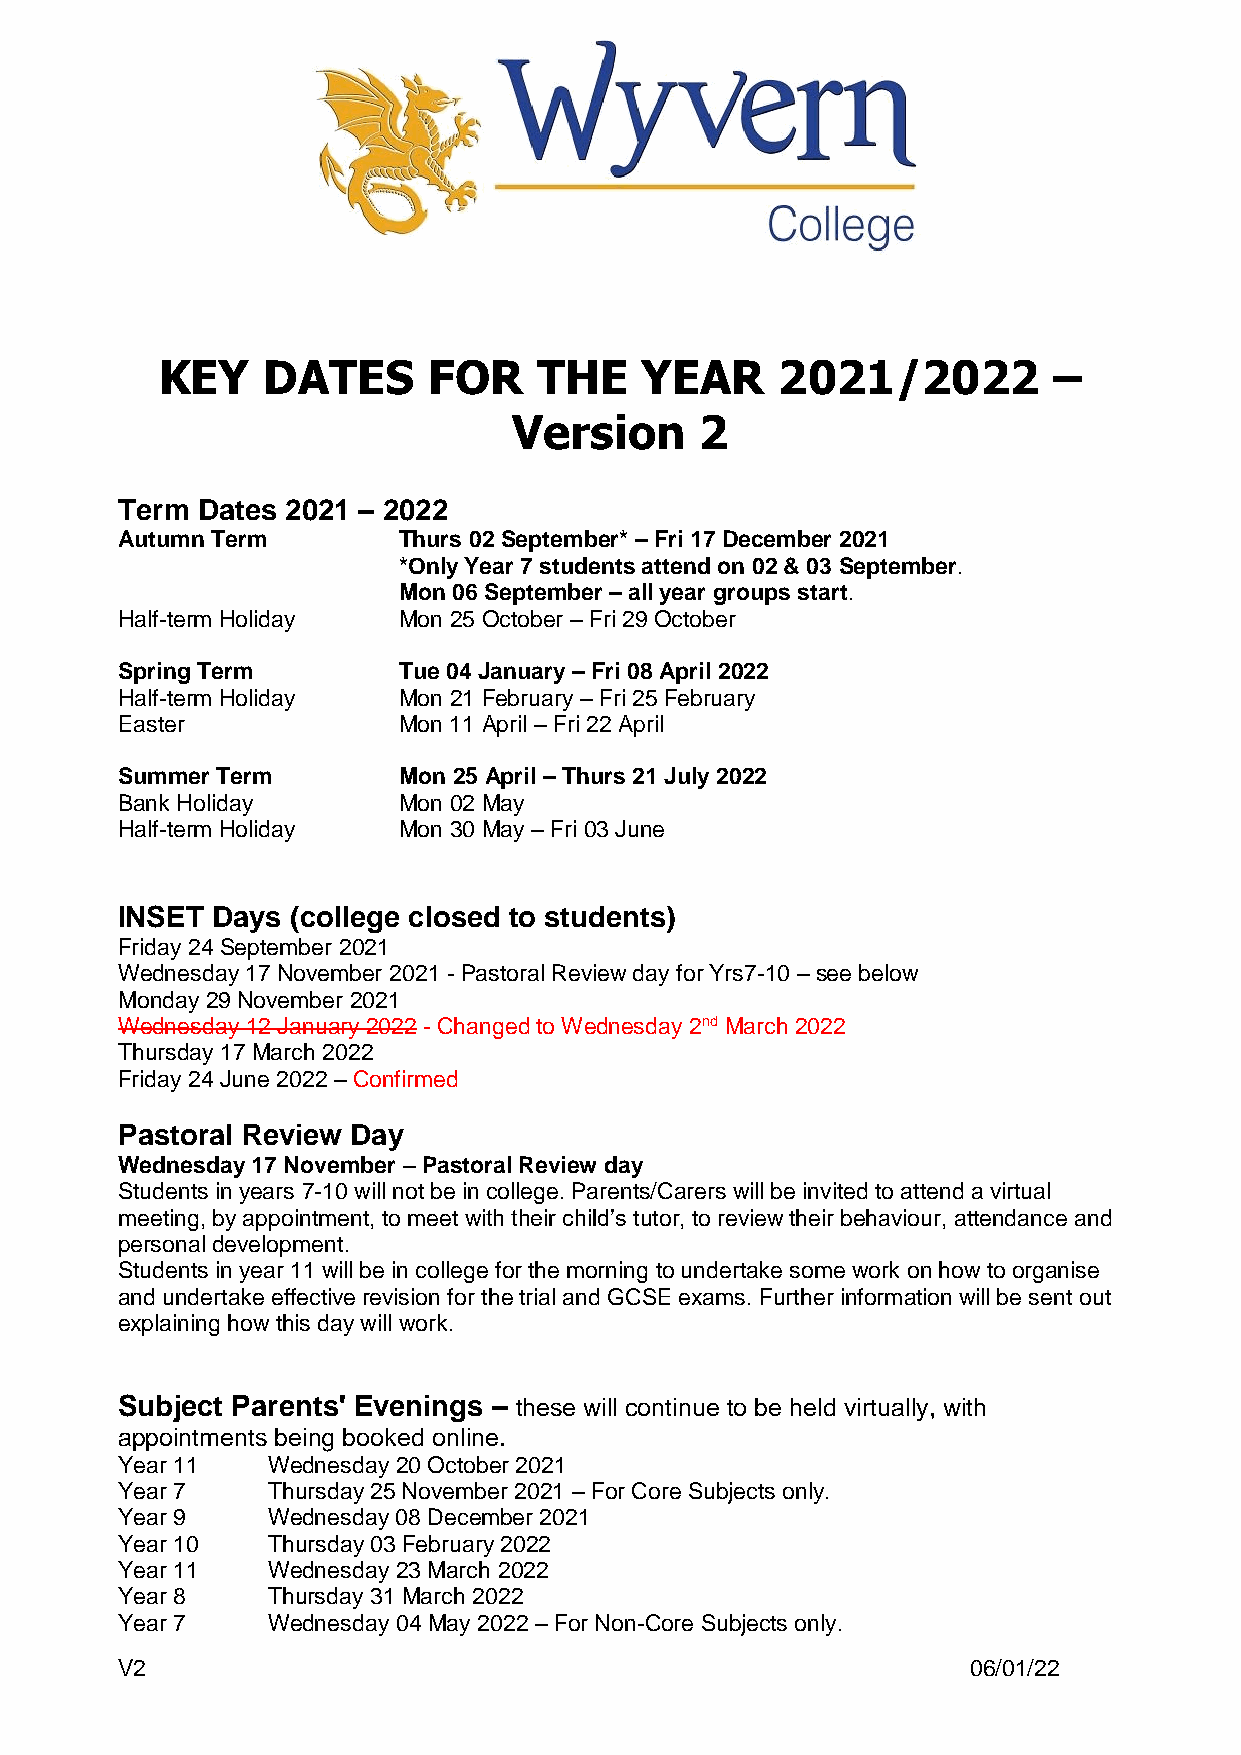
KEY   DATES      FOR     THE   YEAR      2021/2022         –
 Version     2
 Term Dates 2021 – 2022
 Autumn Term       Thurs 02 September* – Fri 17 December 2021
 *Only Year 7 students attend on 02 & 03 September.
 Mon 06 September – all year groups start.
 Half-term Holiday Mon 25 October – Fri 29 October
 Spring Term       Tue 04 January – Fri 08 April 2022
 Half-term Holiday Mon 21 February – Fri 25 February
 Easter            Mon 11 April – Fri 22 April
 Summer Term       Mon 25 April – Thurs 21 July 2022
 Bank Holiday      Mon 02 May
 Half-term Holiday Mon 30 May – Fri 03 June
 INSET Days (college closed to students)
 Friday 24 September 2021
 Wednesday 17 November 2021 - Pastoral Review day for Yrs7-10 – see below
 Monday 29 November 2021
 Wednesday 12 January 2022 - Changed to Wednesday 2nd March 2022
 Thursday 17 March 2022
 Friday 24 June 2022 – Confirmed
 Pastoral Review Day
 Wednesday 17 November – Pastoral Review day
 Students in years 7-10 will not be in college. Parents/Carers will be invited to attend a virtual
 meeting, by appointment, to meet with their child’s tutor, to review their behaviour, attendance and
 personal development.
 Students in year 11 will be in college for the morning to undertake some work on how to organise
 and undertake effective revision for the trial and GCSE exams. Further information will be sent out
 explaining how this day will work.
 Subject Parents' Evenings – these will continue to be held virtually, with
 appointments being booked online.
 Year 11   Wednesday 20 October 2021
 Year 7    Thursday 25 November 2021 – For Core Subjects only.
 Year 9    Wednesday 08 December 2021
 Year 10   Thursday 03 February 2022
 Year 11   Wednesday 23 March 2022
 Year 8    Thursday 31 March 2022
 Year 7    Wednesday 04 May 2022 – For Non-Core Subjects only.
 V2                                                      06/01/22